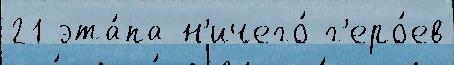
21 эта́па н'ичего́ г'еро́ев